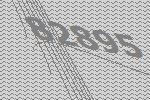
82895